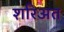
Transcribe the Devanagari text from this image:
शरिअत